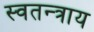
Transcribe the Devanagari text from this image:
स्वतन्त्राय